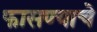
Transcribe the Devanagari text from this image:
फासण्याचे